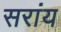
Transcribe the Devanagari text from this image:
सरांय